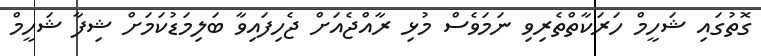
ގޮތުގައި ޝަހީމް ހަރަކާތްތެރިވި ނަމަވެސް މުޅި ރާއްޖެއަށް ޖެހިފައިވާ ބަލިމަޑުކަމަށް ޝިފާ ޝަހީމް